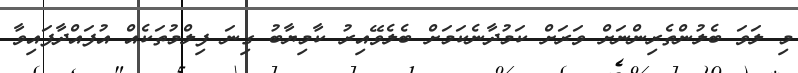
މި ލަވަ ބެލުންތެެރިންނަށް ވަރަށް ކަމުދާނެކަމަށް ބެލެވޭއިރު ކާމިޔާބު ގިނަ ފިލްމުތަކެއް އުފައްދާފައިވާ